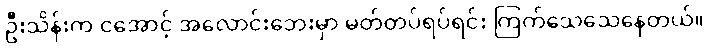
ဦးသိန်းက ငအောင့် အလောင်းဘေးမှာ မတ်တပ်ရပ်ရင်း ကြက်သေသေနေတယ်။